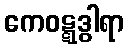
ကေဝဋ္ဋဒွါရာ